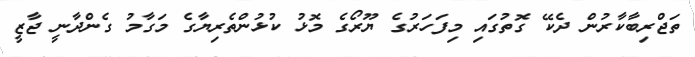
ތަޖްރިބާކާރުން ދެކޭ ގޮތުގައި މިފަހަރުގެ ޔޫރޯގެ މޮޅު ކުޅުންތެރިޔާގެ މަގާމު ގެންދާނީ ޖާޒީ